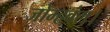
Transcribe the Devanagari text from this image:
जोम्हवंल।